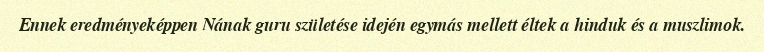
Ennek eredményeképpen Nának guru születése idején egymás mellett éltek a hinduk és a muszlimok.